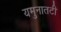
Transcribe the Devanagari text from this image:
यमुनातटी